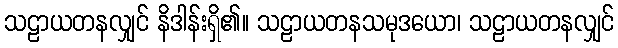
သဠာယတနလျှင် နိဒါန်းရှိ၏။ သဠာယတနသမုဒယော၊ သဠာယတနလျှင်